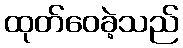
ထုတ်ဝေခဲ့သည်